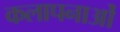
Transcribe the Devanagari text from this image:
कलापनाओं